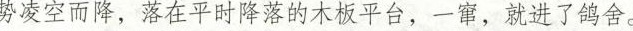
势凌空而降，落在平时降落的木板平台，一窜，就进了鸽舍。